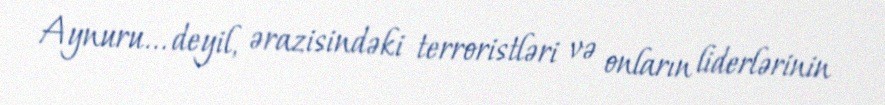
Aynuru... deyil, ərazisindəki terroristləri və onların liderlərinin